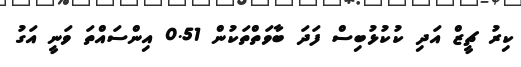
ކިރު ޗީޒް އަދި ކުކުޅުބިސް ފަދަ ބާވަތްތަކުން 0.51 އިންސައްތަ ވަނީ އަގު